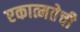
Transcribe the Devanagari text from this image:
एकात्मतेची